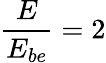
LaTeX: \frac{E}{E_{be}}=2